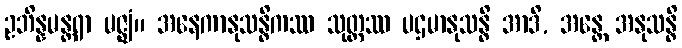
ဥဘိန္နမန္တရာ မဇ္ဈံ။ အနေကာနုသန္ဓိကဿ သုတ္တဿ ပဌမာနုသန္ဓိ အာဒိ, အန္တေ အနုသန္ဓိ